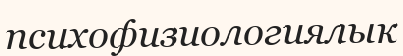
психофизиологиялык